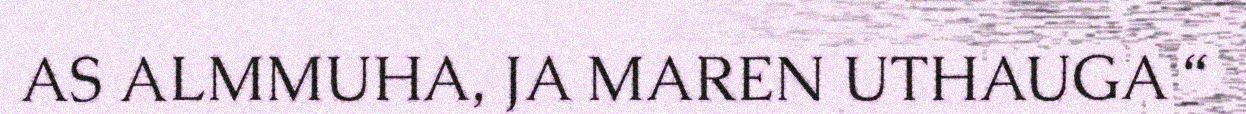
AS ALMMUHA, JA MAREN UTHAUGA “